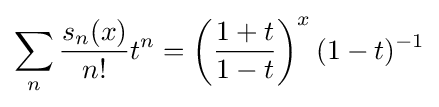
\displaystyle \sum _{n}{\frac {s_{n}(x)}{n!}}t^{n}=\left({\frac {1+t}{1-t}}\right)^{x}(1-t)^{-1}